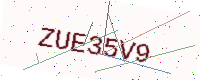
Text: ZUE35V9